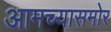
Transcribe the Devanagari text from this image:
आमच्यासमोर